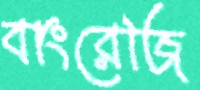
বাংরেজি